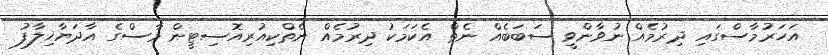
އަހަރުމާސްގައި ދިރުމެއް ނުވާންވީ ސަބަބެއް ނެތް އެކަމަކު ދިރުމެއް ނެތްކިއުރިއޮސިޓީން މާސްގެ އާދަޔާޚިލާފު